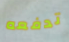
تدفعه